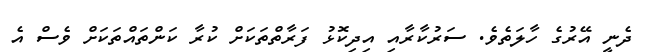
ދެނީ އޭރުގެ ހާލަތެވެ. ސަރުކާރާއި އިދިކޮޅު ފަރާތްތަކަށް ކުރާ ކަންތައްތަކަށް ވެސް އެ